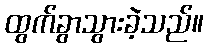
ထွက်ခွာသွားခဲ့သည်။